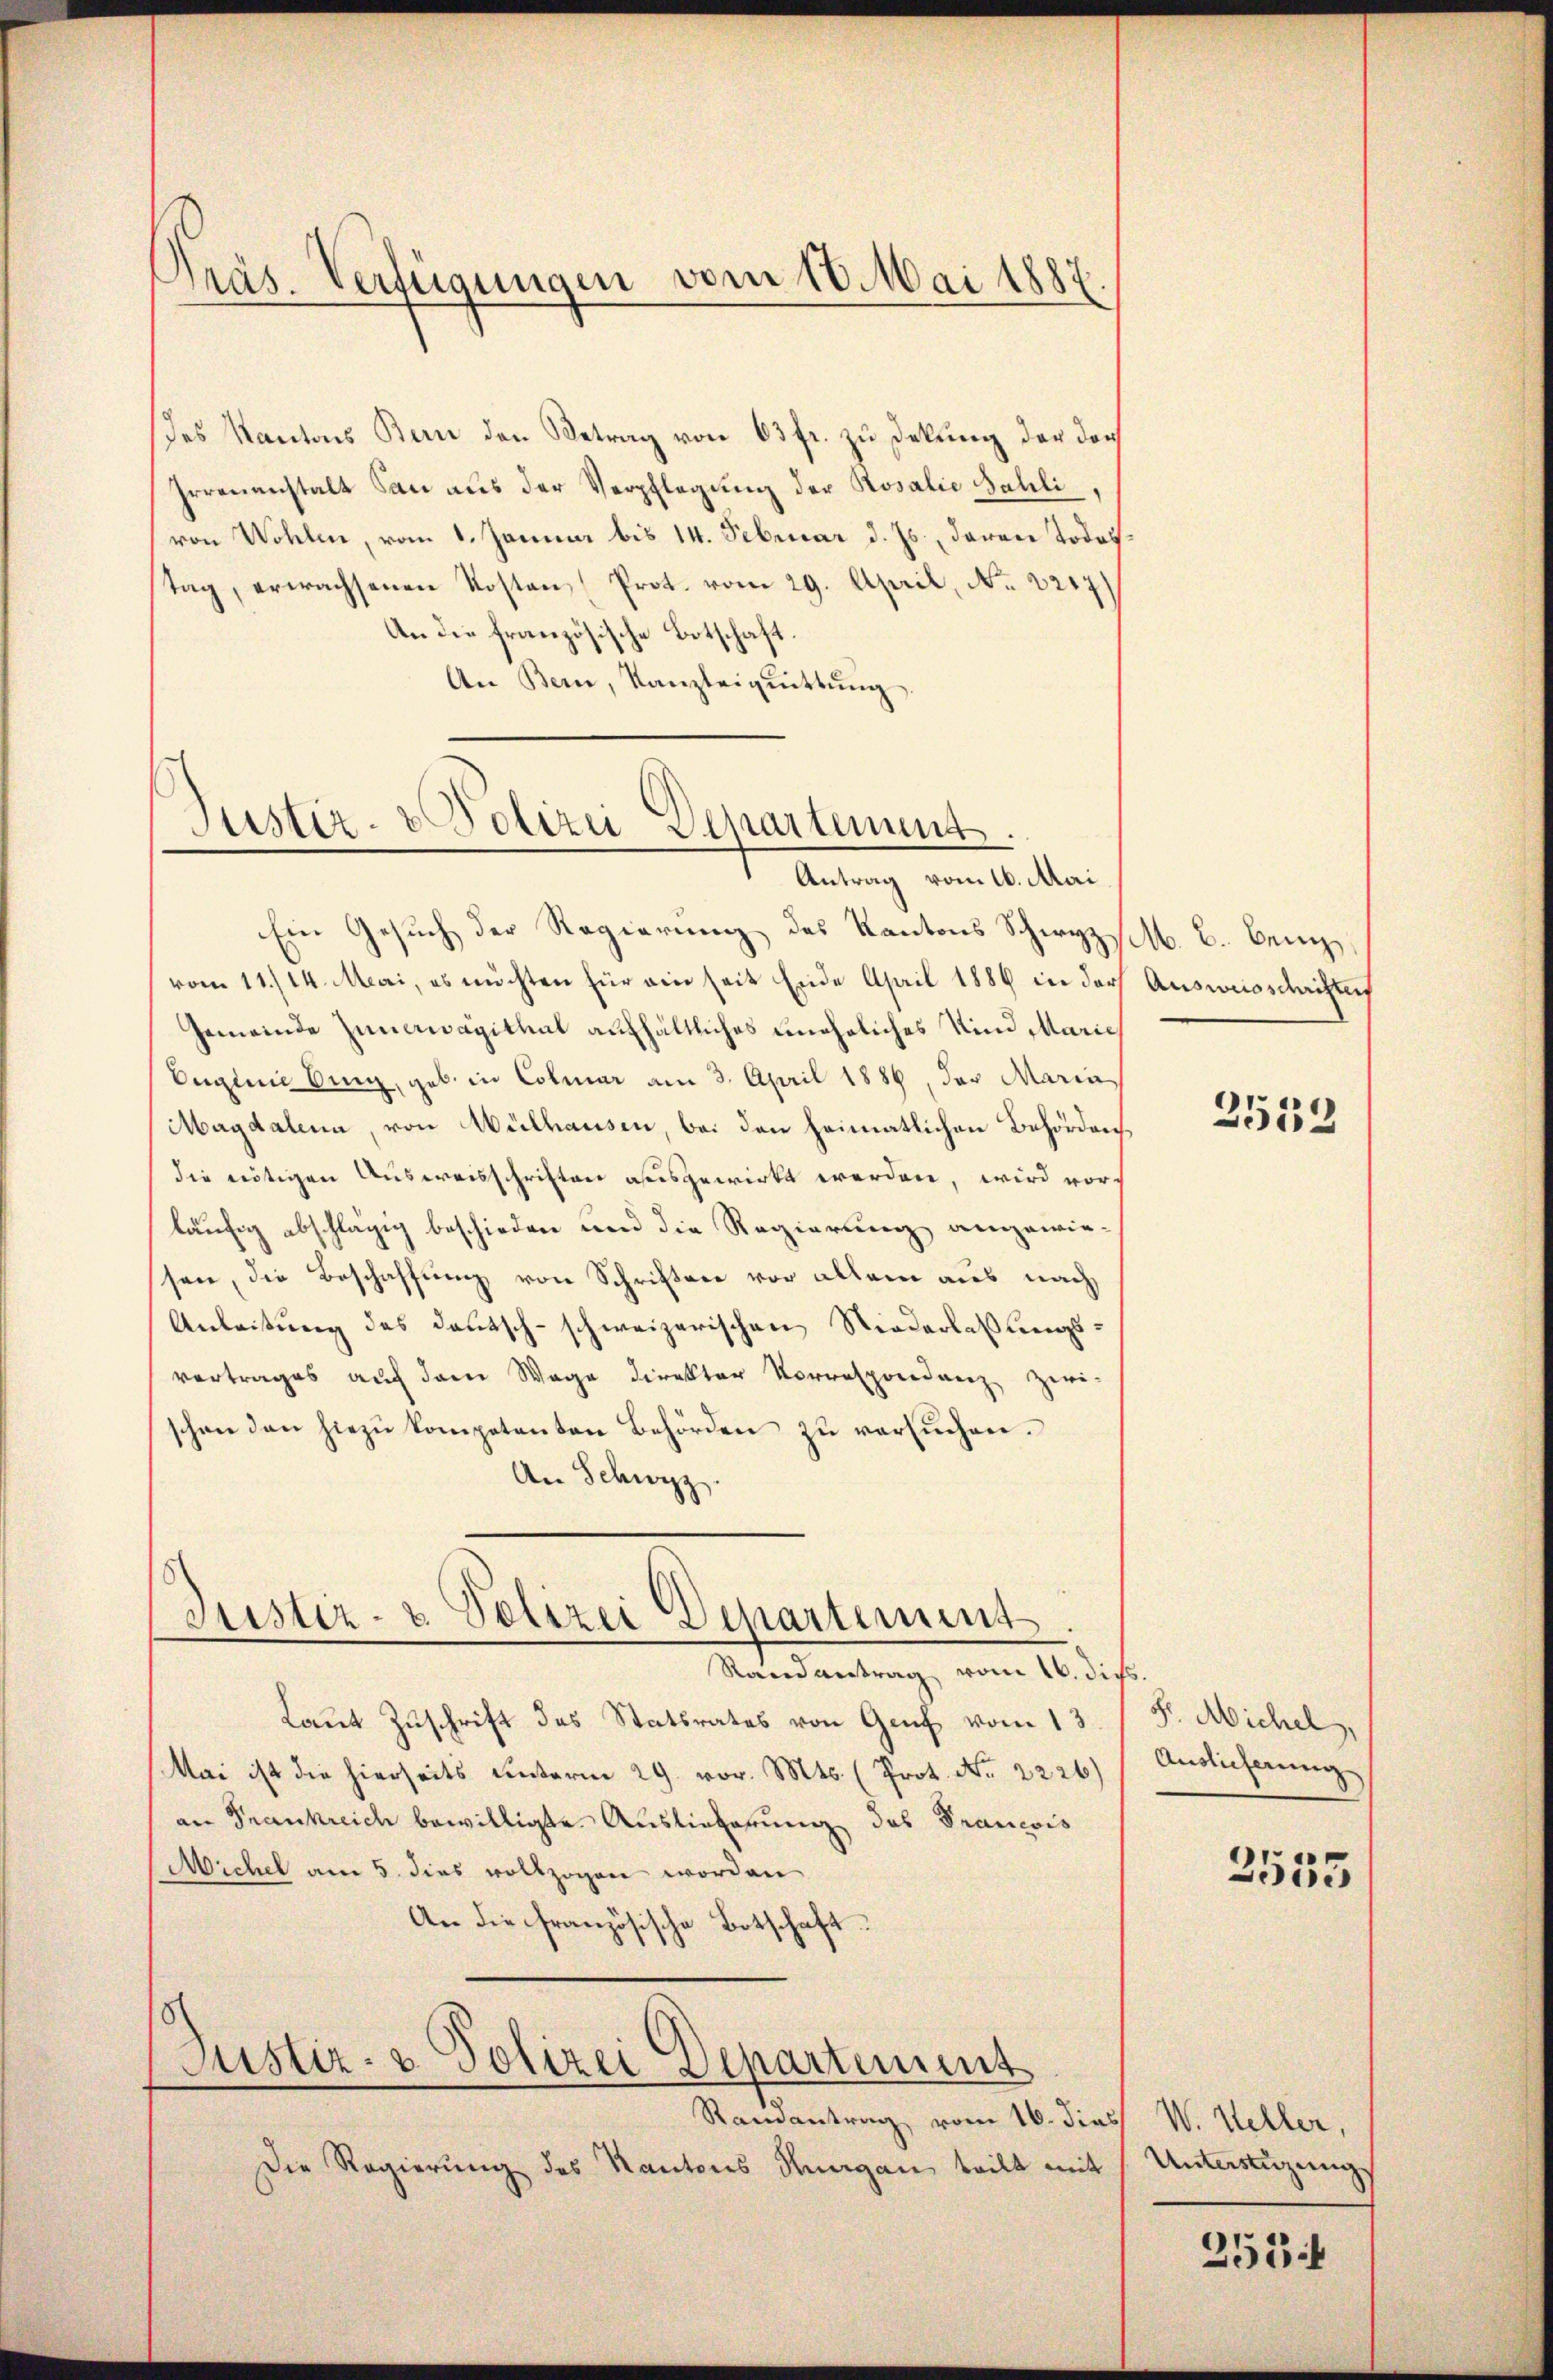
Präs. Verfügungen vom 10. Mai 1887

des Kantons Berne den Betrag von 63 fr. zu Dekung der doch
Irrenanstalt San aus der Verpflegung der Rosalie Bahli,
von Wohlen, vom 1. Januar bis 14. Februar d. Js., daran Todestag, erwachsenen Kosten Prot. vom 29. April, No. 2217)
An die französische Botschaft.
An Bern, Kanzleiquittung.

Justiz- & Polizei Departement.
Antrag vom 16. Mai

Ein Gesuch der Regierung des Kantons Schwyz s. B. Ber
vom 11./14. Mai, es möchten für ein seit Ende April 1886 in der Ausweisschriften
Gemeinde Zunawagithat aufhältliches uneheliches Kind Marie
Euginie ding, geb. in Colmar am 3. April 1886, der Maria
Magdalena, von Mülhausen, bei den heimatlichen Behörden
die nötigen Ausweisschriften ausgewirkt worden, wird vor-
läufig abschlägig beschieden und die Regierung angewiessen, die Beschaffung von Schriftere vor allem aus nach
Anleitung des Deutsch-schweizerischen Niederlassungsvertrages auf dem Wage direktor Vorrespondenz zwi-
schon den hiezu kompetenten Behörden zu versuchen.
An Schwyz.

Justiz- & Polizei Departement
Randantrag vom 16. dies.

Justiz- & Polizei Departement

Ramantrag vom 16. die
Die Regierung des Kantons Hungau teilt mit

Laut Zuschrift des Statsrates von Genf vom 13.
Mai ist die hierseits unterm 29. vor. Mts. (Prot. No. 2226)
an Frankreich bewilligte. Auslieferung des Prancois
Michel am 5. dies vollzogen worden
An die französische Botschaft.

2552

F. Michel,
Auslieferung

2555

e W. Weller,
Unterstüzungs

351